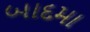
બાદમા